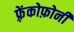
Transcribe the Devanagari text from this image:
फ़्रेंकोफ़ोनी